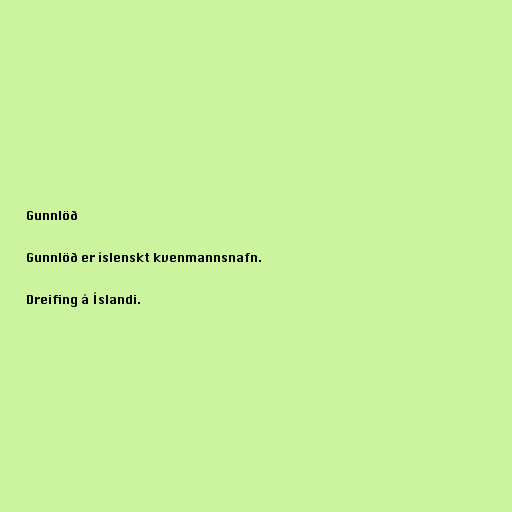
Gunnlöð

Gunnlöð er íslenskt kvenmannsnafn.

Dreifing á Íslandi.